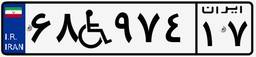
۶۸W۹۷۴۱۷